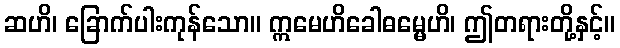
ဆဟိ၊ ခြောက်ပါးကုန်သော။ ဣမေဟိခေါဓမ္မေဟိ၊ ဤတရားတို့နှင့်။